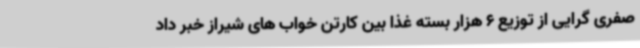
صفری گرایی از توزیع 6 هزار بسته غذا بین کارتن خواب های شیراز خبر داد